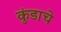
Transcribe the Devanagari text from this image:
कुंडाचे